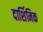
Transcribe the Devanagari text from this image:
दार्शिनिक